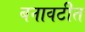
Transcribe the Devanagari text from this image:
बनावटीत